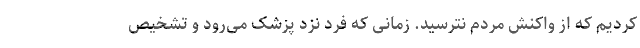
کردیم که از واکنش مردم نترسید. زمانی که فرد نزد پزشک می‌رود و تشخیص